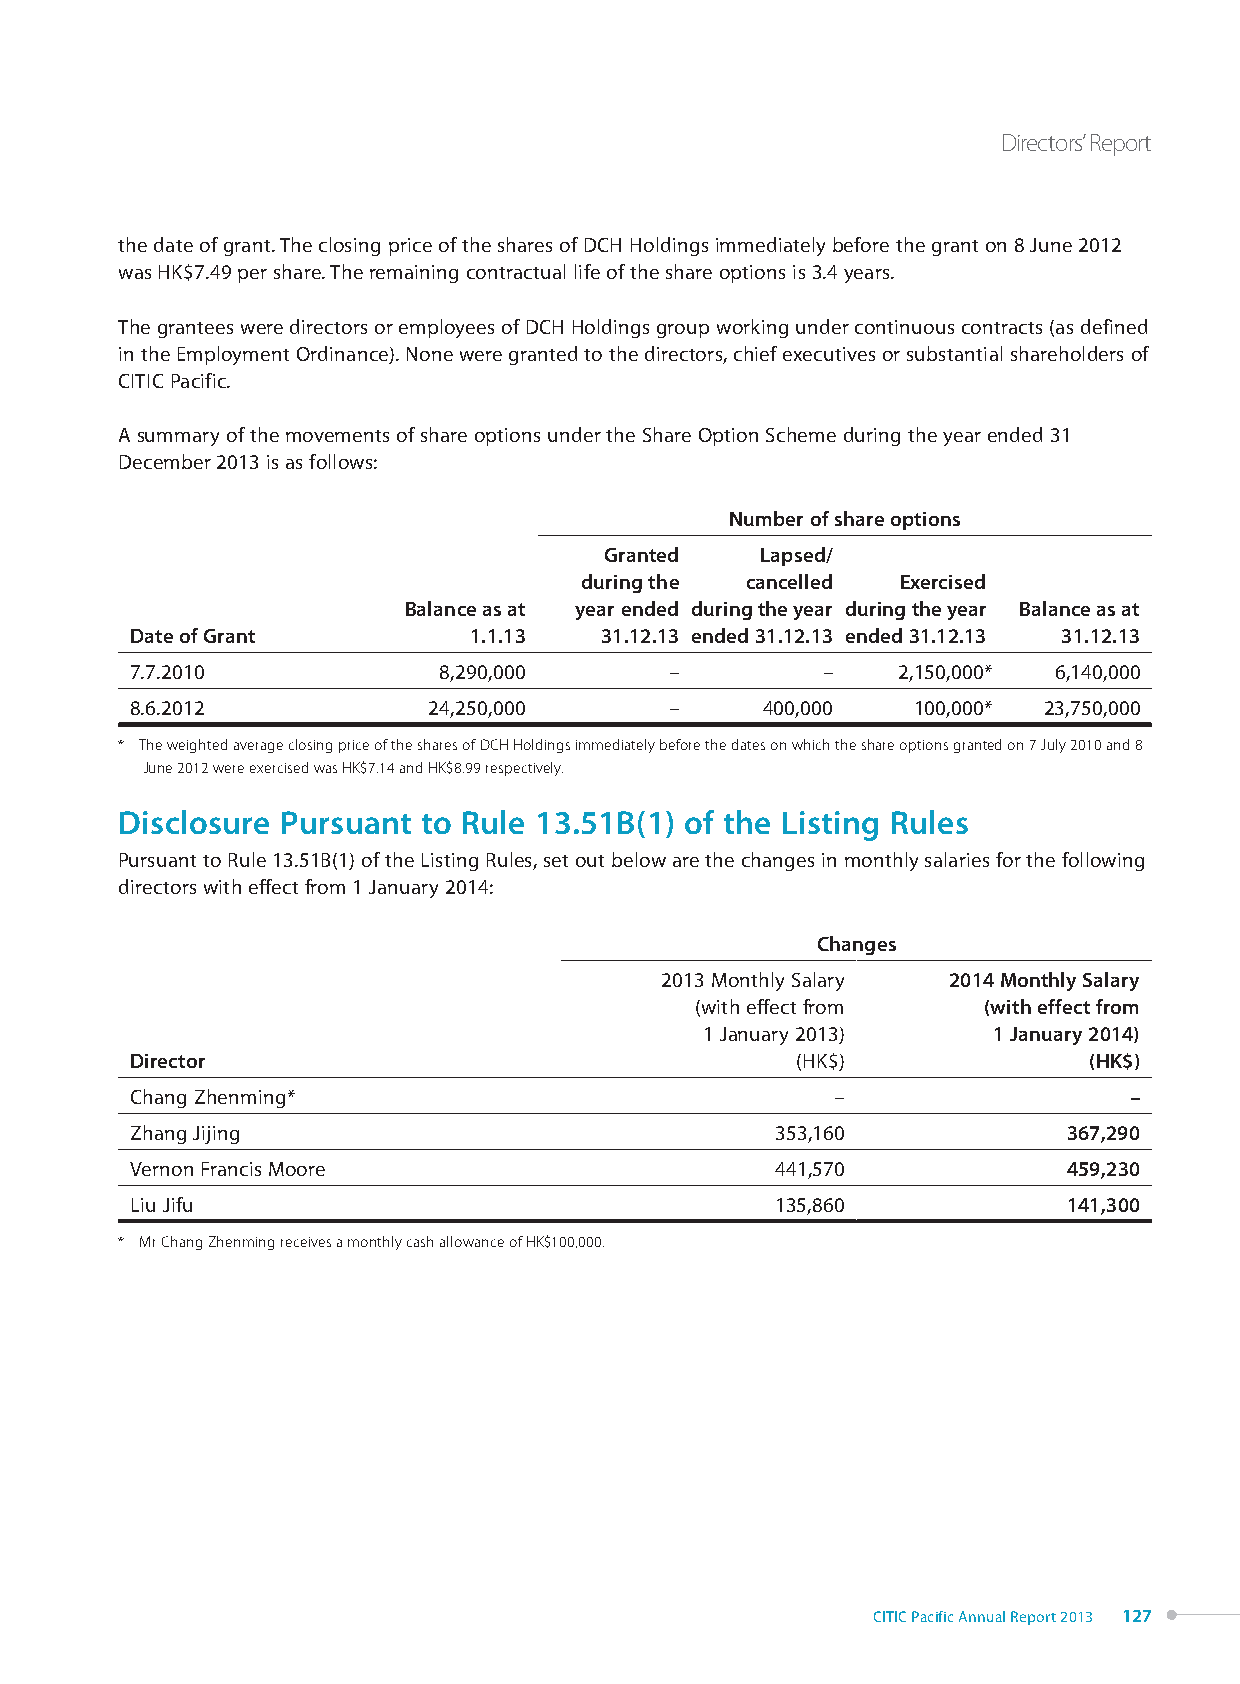
Directors’ Report
 the date of grant. The closing price of the shares of DCH Holdings immediately before the grant on 8 June 2012
 was HK$7.49 per share. The remaining contractual life of the share options is 3.4 years.
 The grantees were directors or employees of DCH Holdings group working under continuous contracts (as defined
 in the Employment Ordinance). None were granted to the directors, chief executives or substantial shareholders of
 CITIC Pacific.
 A summary of the movements of share options under the Share Option Scheme during the year ended 31
 December 2013 is as follows:
 Number of share options
 Granted   Lapsed/
 during the cancelled  Exercised
 Balance as at year ended during the year during the year Balance as at
 Date of Grant         1.1.13   31.12.13 ended 31.12.13 ended 31.12.13 31.12.13
 7.7.2010            8,290,000      –         –    2,150,000* 6,140,000
 8.6.2012           24,250,000      –     400,000   100,000* 23,750,000
 * The weighted average closing price of the shares of DCH Holdings immediately before the dates on which the share options granted on 7 July 2010 and 8
 June 2012 were exercised was HK$7.14 and HK$8.99 respectively.
 Disclosure Pursuant to Rule 13.51B(1) of the Listing Rules
 Pursuant to Rule 13.51B(1) of the Listing Rules, set out below are the changes in monthly salaries for the following
 directors with effect from 1 January 2014:
 Changes
 2013 Monthly Salary 2014 Monthly Salary
 (with effect from  (with effect from
 1 January 2013)    1 January 2014)
 Director                                    (HK$)              (HK$)
 Chang Zhenming*                               –                   –
 Zhang Jijing                              353,160             367,290
 Vernon Francis Moore                      441,570             459,230
 Liu Jifu                                  135,860             141,300
 * Mr Chang Zhenming receives a monthly cash allowance of HK$100,000.
 CITIC Pacific Annual Report 2013 127